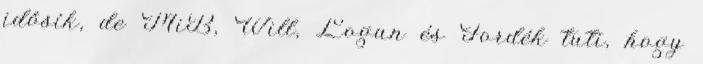
idősík, de MiB, Will, Logan és Fordék tuti, hogy